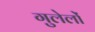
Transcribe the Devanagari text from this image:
गुलेलों